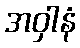
အဝှါနံ